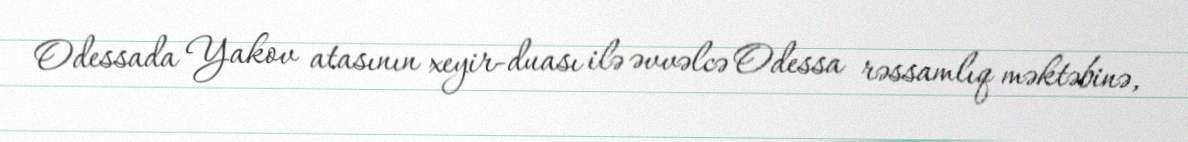
Odessada Yakov atasının xeyir-duası ilə əvvəlcə Odessa rəssamlıq məktəbinə,